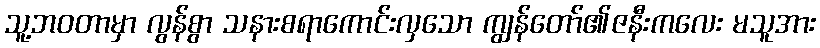
သူ့ဘဝတာမှာ လွန်စွာ သနားစရာကောင်းလှသော ကျွန်တော်၏ဇနီးကလေး မသူအား